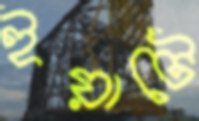
ইয়াটে